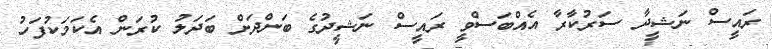
ރައީސް ނަޝީދާ ސަރުކާރާ އެއްބަސްވީ ރައީސް ނަޝީދުގެ ބަންދަށް ބަދަލު ކުރަން އެކަމަކުފަހު